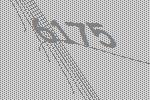
6175